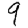
Digit: 9